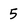
Character: 5